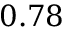
0 . 7 8